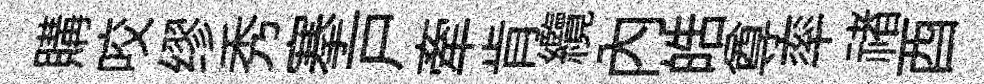
購咬缪秀搴戸牽肯纜内皓尊率禇酉